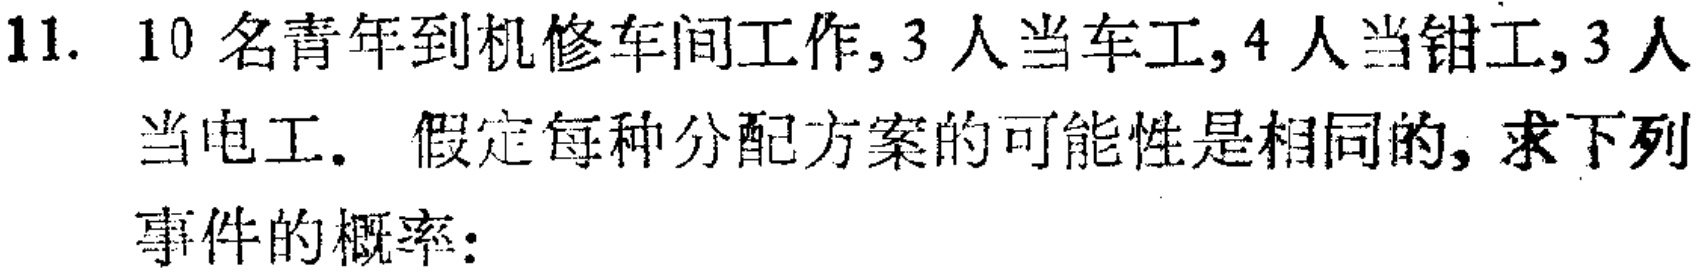
11. 10名青年到机修车间工作,3人当车工,4人当钳工,3人当电工。假定每种分配方案的可能性是相同的,求下列事件的概率: